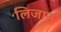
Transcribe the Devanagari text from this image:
लिजान